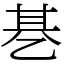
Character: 㐞